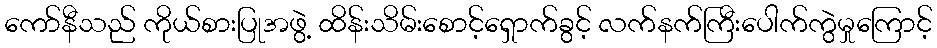
ကော်နီသည် ကိုယ်စားပြုအဖွဲ့ ထိန်းသိမ်းစောင့်ရှောက်ခွင့် လက်နက်ကြီးပေါက်ကွဲမှုကြောင့်